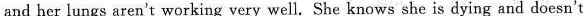
and her lungs aren't working very well. She knows she is dying and doesn't